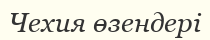
Чехия өзендері